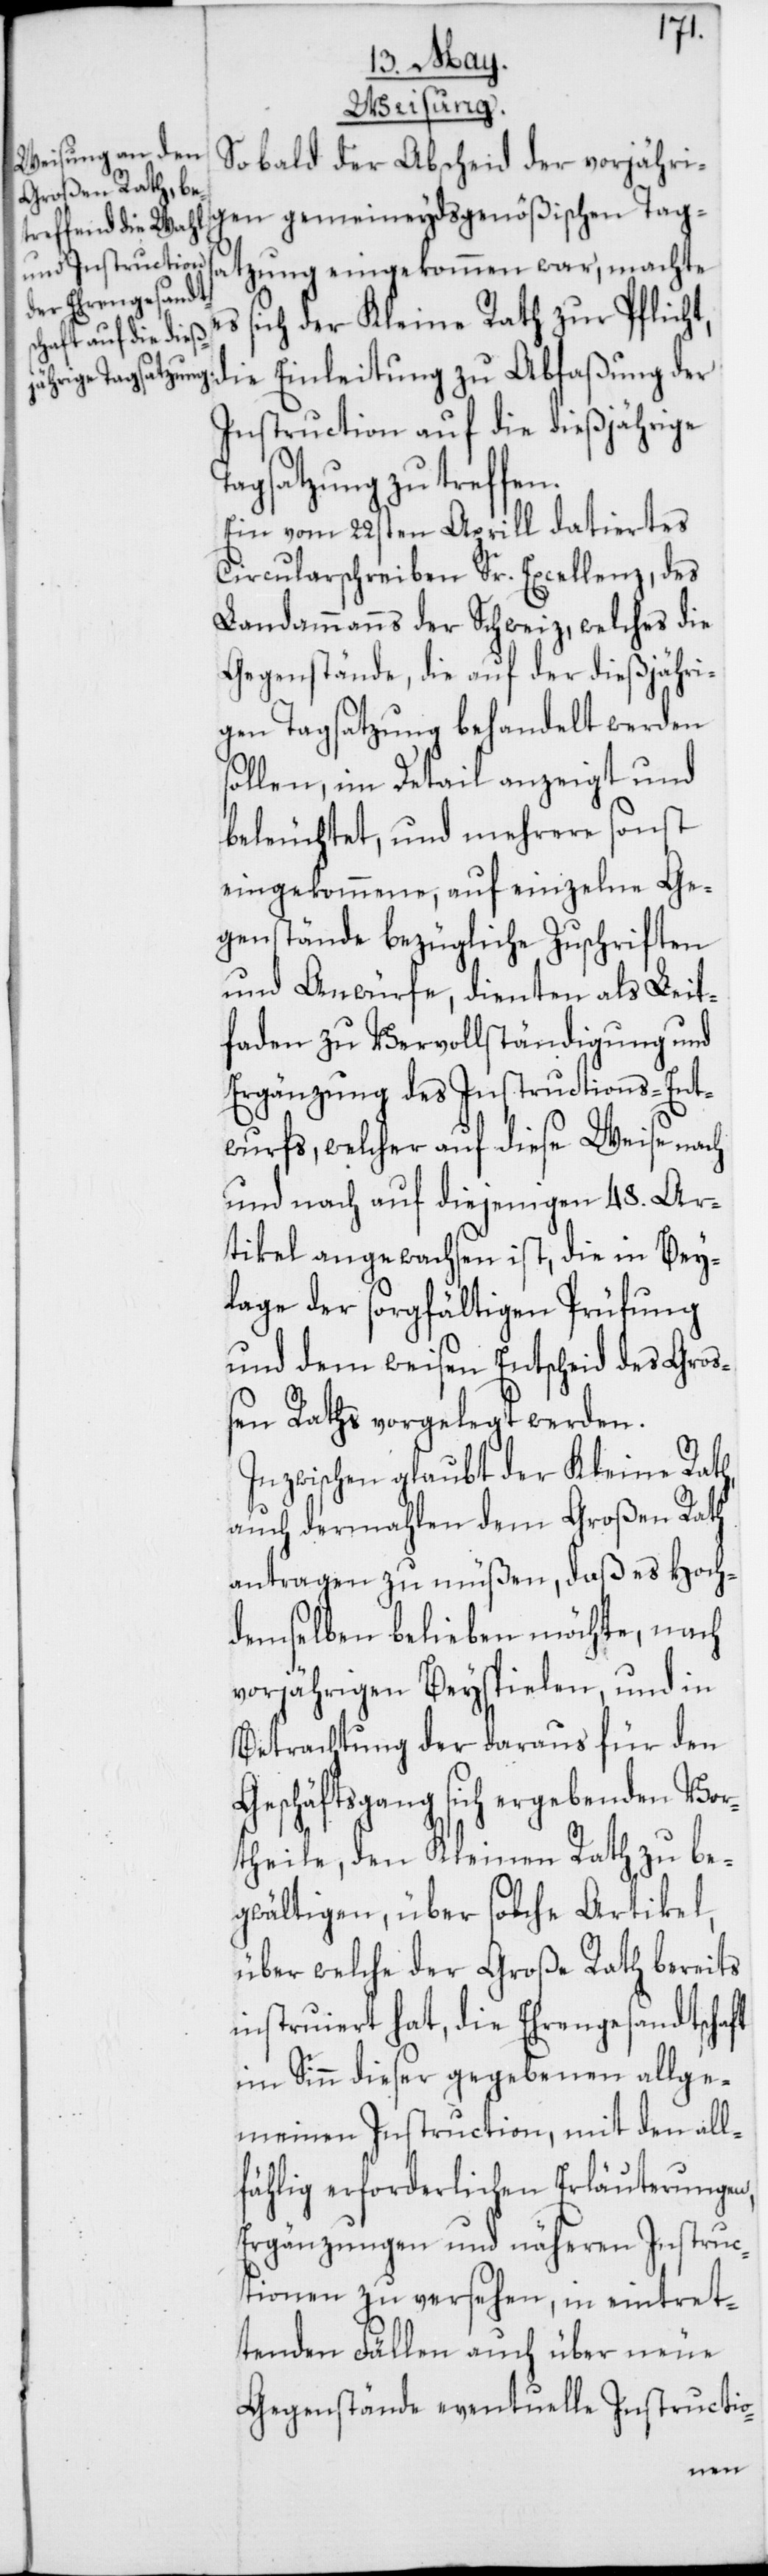
Weisung.
Sobald der Abscheid der vorjähri¬
gen gemeineydsgenößischen Tag¬
satzung eingekommen war, machte
sich der Kleine Rath zur Pflicht,
die Einleitung zu Abfaßung der
Instruction auf die dießjährige
Tagsatzung zu treffen.
Ein vom 22sten Aprill datiertes
Circularschreiben Sr. Excellenz, des
Landammanns der Schweiz, welches die
Gegenstände, die auf der dießjähri¬
gen Tagsatzung behandelt werden
sollen, im Detail anzeigt und
beleuchtet, und mehrere sonst
eingekommene, auf einzelne Ge¬
genstände bezügliche Zuschriften
und Anwürfe, dienten als Leit¬
faden zu Vervollständigung und
Ergänzung des Instructions-Ent¬
wurfs, welcher auf diese Weise nach
und nach auf diejenigen 48. Ar¬
tikel angewachsen ist, die in Bey¬
lage der sorgfältigen Prüfung
und dem weisen Entscheid des Groß¬
en Raths vorgelegt werden.
Inzwischen glaubt der Kleine Rath,
auch dermahlen dem großen Rath
antragen zu müßen, daß es Hoch¬
demselben belieben möchte, nach
vorjährigen Beyspielen, und in
Betrachtung der daraus für den
Geschäftsgang sich ergebenden Vor¬
theile, den Kleinen Rath zu be¬
gwältigen, über solche Artikel,
über welche der Große Rath bereits
instruiert hat, die Ehrengesandtschaft
im Sinn dieser gegebenen allge¬
meinen Instruction, mit den all¬
fählig erforderlichen Erläuterungen,
Ergänzungen und näheren Instruc¬
tionen zu versehen, in eintret¬
tenden Fällen auch über neue
Gegenstände eventuelle Instructio-